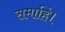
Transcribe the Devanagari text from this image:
समाहिं।